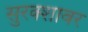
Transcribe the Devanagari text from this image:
सुरक्शावर